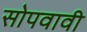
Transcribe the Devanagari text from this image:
सोपवावी